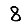
Digit: 8